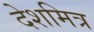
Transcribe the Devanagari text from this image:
देशमित्र